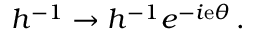
h ^ { - 1 } \to h ^ { - 1 } { e } ^ { - i { \mathrm { e } } \theta } \, .